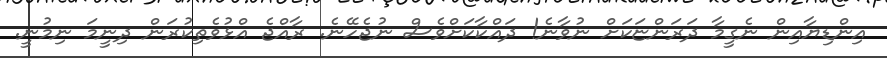
އިންޑިޔާއިން ނެގީމާ ދަރަންޏަކަށް ނުވާނެ! ދައްކާކަށްވެސް ނުޖެހޭނެ. ރާއްޖެ އްޅުވެތިކުރަން ދިނީމަ ނިމުނީ.